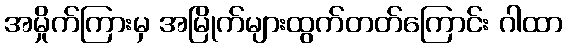
အမှိုက်ကြားမှ အမြိုက်များထွက်တတ်ကြောင်း ဂါထာ